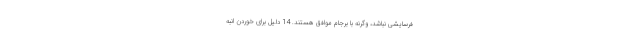
فرسایشی نباشد، وگرنه با برجام موافق هستند. 14 دلیل برای خوردن انبه